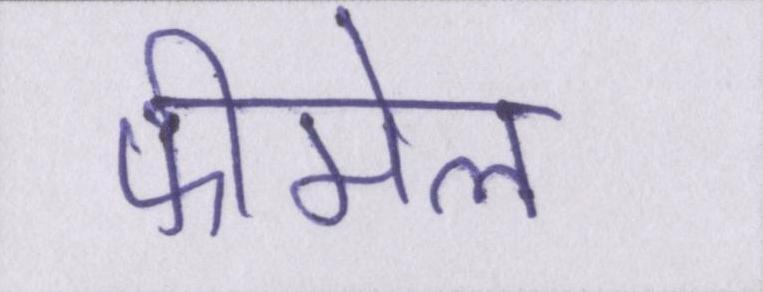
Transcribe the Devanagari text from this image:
फीमेल